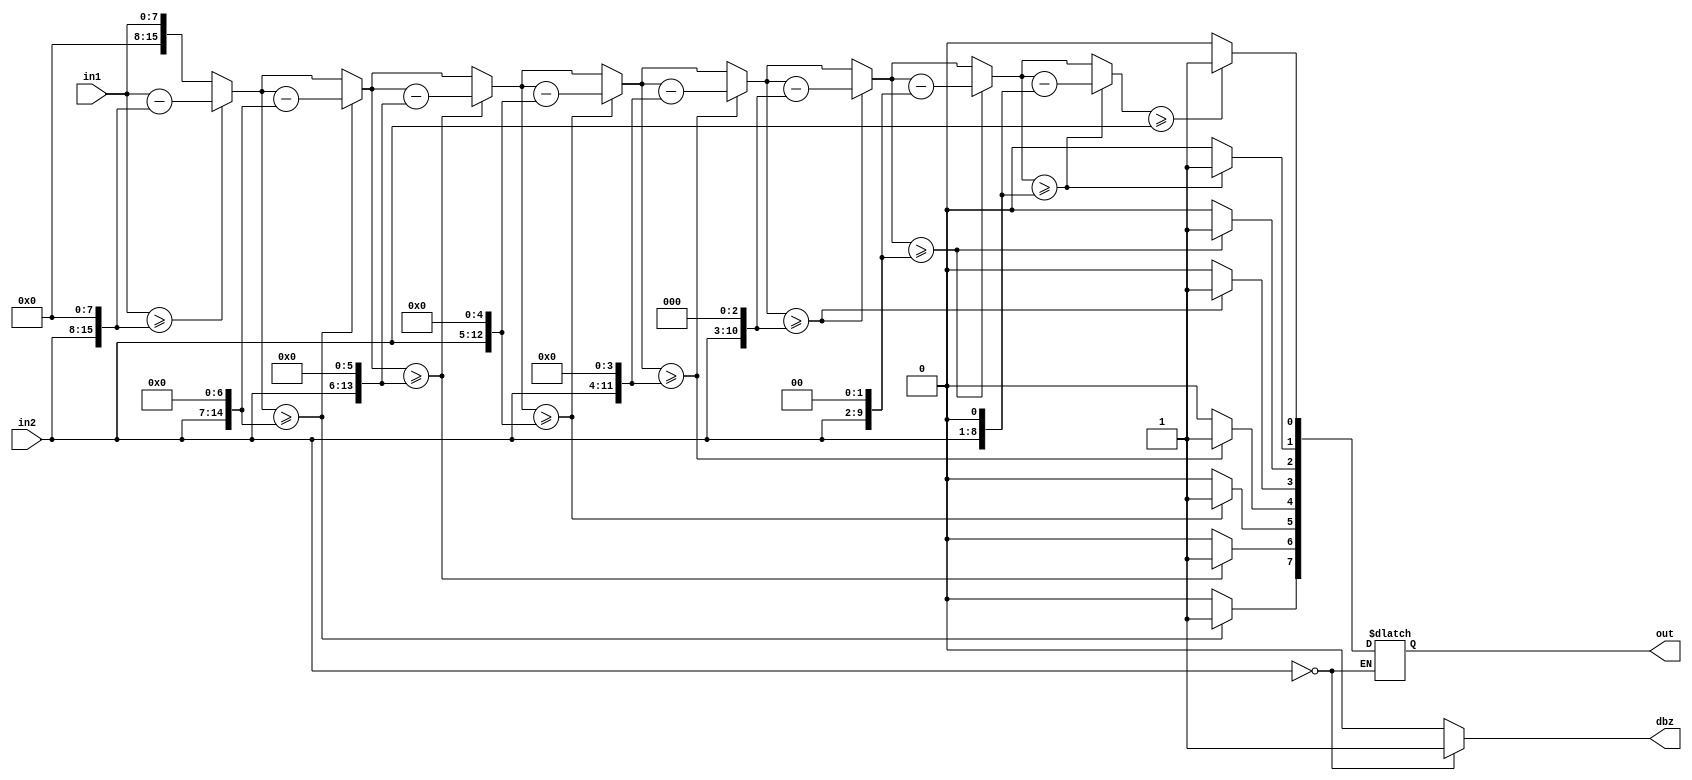
`timescale 1ns / 10ps
module div(out, in1, in2, dbz);
parameter width = 8;
input  	[width-1:0] in1; // Dividend
input  	[width-1:0] in2; // Divisor
output reg [width-1:0] out; // Quotient
output reg dbz;

integer i;
reg[15:0] dividend;
reg[15:0] divisor;

always@(*)
begin
  if (in2 == 8'd0)
    begin
      dbz = 1;
    end
  else
    begin
      dbz = 0;
      dividend = {8'd0, in1};
      divisor = {in2, 8'd0};
      
      for(i = 0; i <= 8; i = i + 1)
        begin
          if(dividend >= divisor)
            begin
              dividend = dividend - divisor;
              out = out << 1;
              out[0] = 1;
              divisor = divisor >> 1;
            end
          else
            begin
              out = out << 1;
              out[0] = 0;
              divisor = divisor >> 1;
            end
        end
    end
end

endmodule